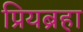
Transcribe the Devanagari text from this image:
प्रियब्रहा